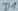
Text: D4